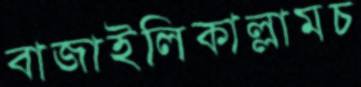
বাজাইলিকাল্লামচ